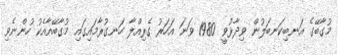
މުގާބޭގެ އަނބިކަނބަލުން ވިދާޅުވީ 1980 ވަނަ އަހަރު ގެރިއްލާ ހަނގުރާމައިގައި މުގާބޭއާއެކު ހުންނެވި